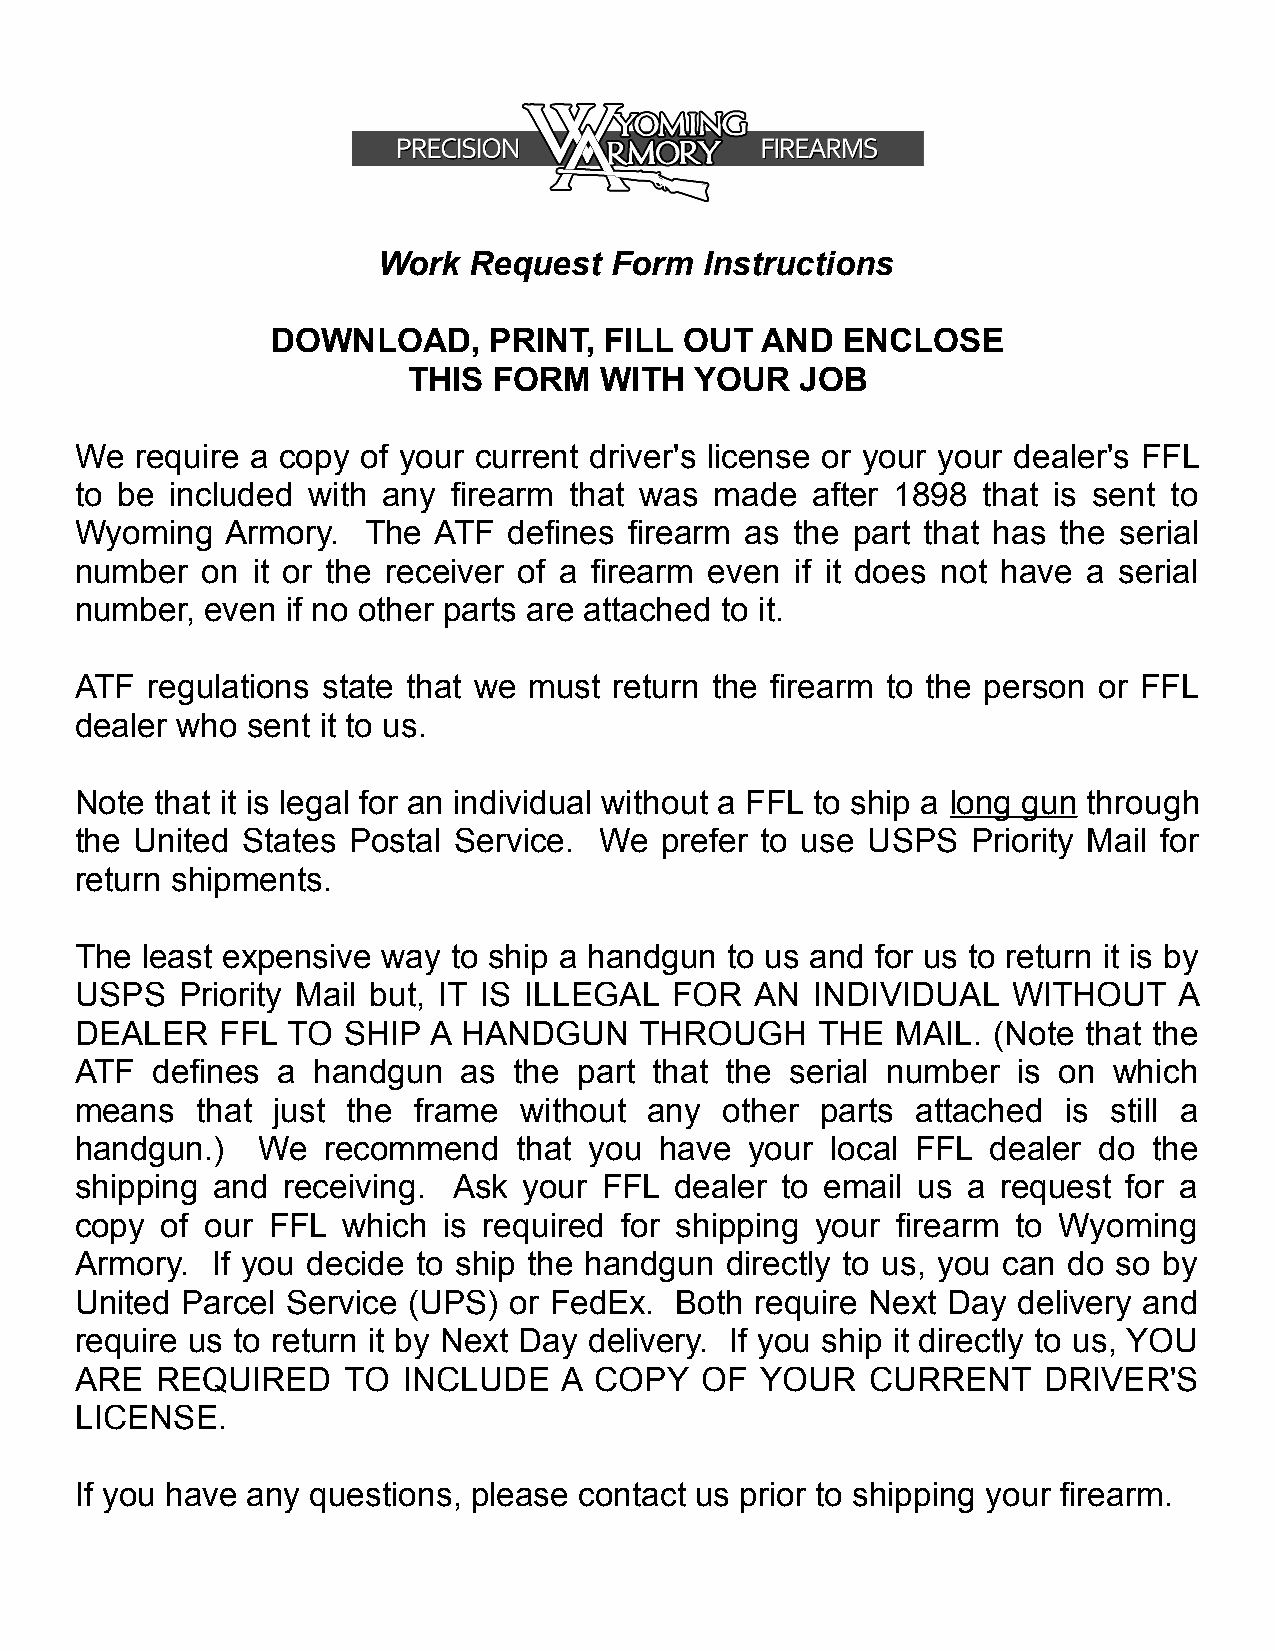
Work  Request  Form   Instructions
 DOWNLOAD,     PRINT,  FILL OUT  AND   ENCLOSE
 THIS  FORM   WITH  YOUR   JOB
 We  require a copy of your current driver's license or your your dealer's FFL
 to be included with any  firearm that was made   after 1898 that is sent to
 Wyoming   Armory.  The  ATF  defines firearm as the part that has the serial
 number  on  it or the receiver of a firearm even if it does not have a serial
 number,  even if no other parts are attached to it.
 ATF  regulations state that we must return the firearm to the person or FFL
 dealer who sent it to us.
 Note that it is legal for an individual without a FFL to ship a long gun through
 the United States Postal Service.  We  prefer to use USPS  Priority Mail for
 return shipments.
 The least expensive way  to ship a handgun to us and for us to return it is by
 USPS   Priority Mail but, IT IS ILLEGAL FOR  AN  INDIVIDUAL   WITHOUT    A
 DEALER    FFL TO  SHIP A  HANDGUN    THROUGH     THE  MAIL.  (Note that the
 ATF  defines a  handgun   as the part that the serial number  is on  which
 means   that just the frame  without  any  other parts  attached  is still a
 handgun.)   We  recommend    that you  have  your local FFL  dealer do the
 shipping and  receiving. Ask  your FFL  dealer to email us a request  for a
 copy  of our FFL  which is required for shipping your firearm to Wyoming
 Armory.  If you decide to ship the handgun directly to us, you can do so by
 United Parcel Service (UPS)  or FedEx.  Both require Next Day delivery and
 require us to return it by Next Day delivery. If you ship it directly to us, YOU
 ARE  REQUIRED     TO  INCLUDE   A COPY   OF  YOUR    CURRENT    DRIVER'S
 LICENSE.
 If you have any questions, please contact us prior to shipping your firearm.